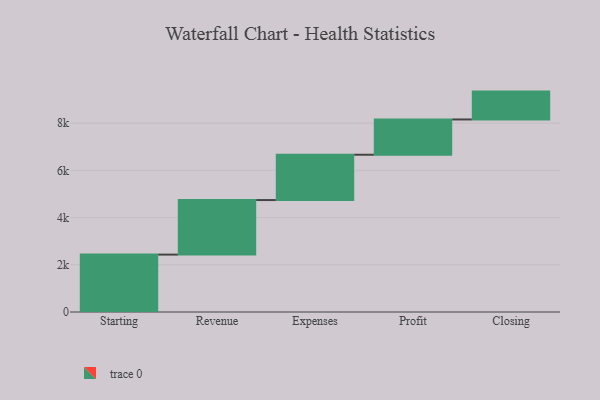
{"axis": {"x": "Step", "y": "Value"}, "legend": [""], "data": [{"x": "Starting", "y": 2431.0, "type": ""}, {"x": "Revenue", "y": 2310.0, "type": ""}, {"x": "Expenses", "y": 1920.0, "type": ""}, {"x": "Profit", "y": 1494.0, "type": ""}, {"x": "Closing", "y": 1180.0, "type": ""}]}